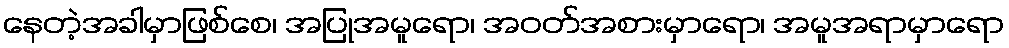
နေတဲ့အခါမှာဖြစ်စေ၊ အပြုအမူရော၊ အဝတ်အစားမှာရော၊ အမူအရာမှာရော